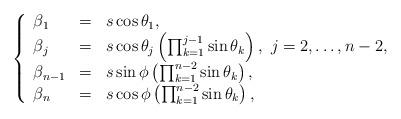
LaTeX: \begin{align*}\left\{\begin{array}{lcl}\beta_1 & = & s \cos \theta_1, \\\beta_j & = & s \cos \theta_j \left( \prod_{k=1}^{j-1}\sin \theta_k \right),\ j=2,\ldots,n-2, \\\beta_{n-1} & = & s \sin \phi \left( \prod_{k=1}^{n-2} \sin \theta_k \right), \\\beta_n & = & s \cos \phi \left( \prod_{k=1}^{n-2} \sin \theta_k \right),\end{array}\right.\end{align*}